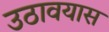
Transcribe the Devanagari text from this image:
उठावयास